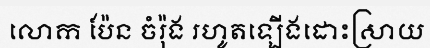
លោក ប៉ែន ចំរ៉ុង រហូតឡើងដោះស្រាយ